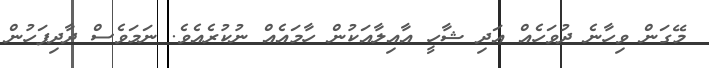
މޭގަން ވިހާނެ ދުވަހެއް އަދި ޝާހީ އާއިލާއަކުން ހާމައެއް ނުކުރެއެވެ. ނަމަވެސް ދާދިފަހުން